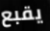
يقبع